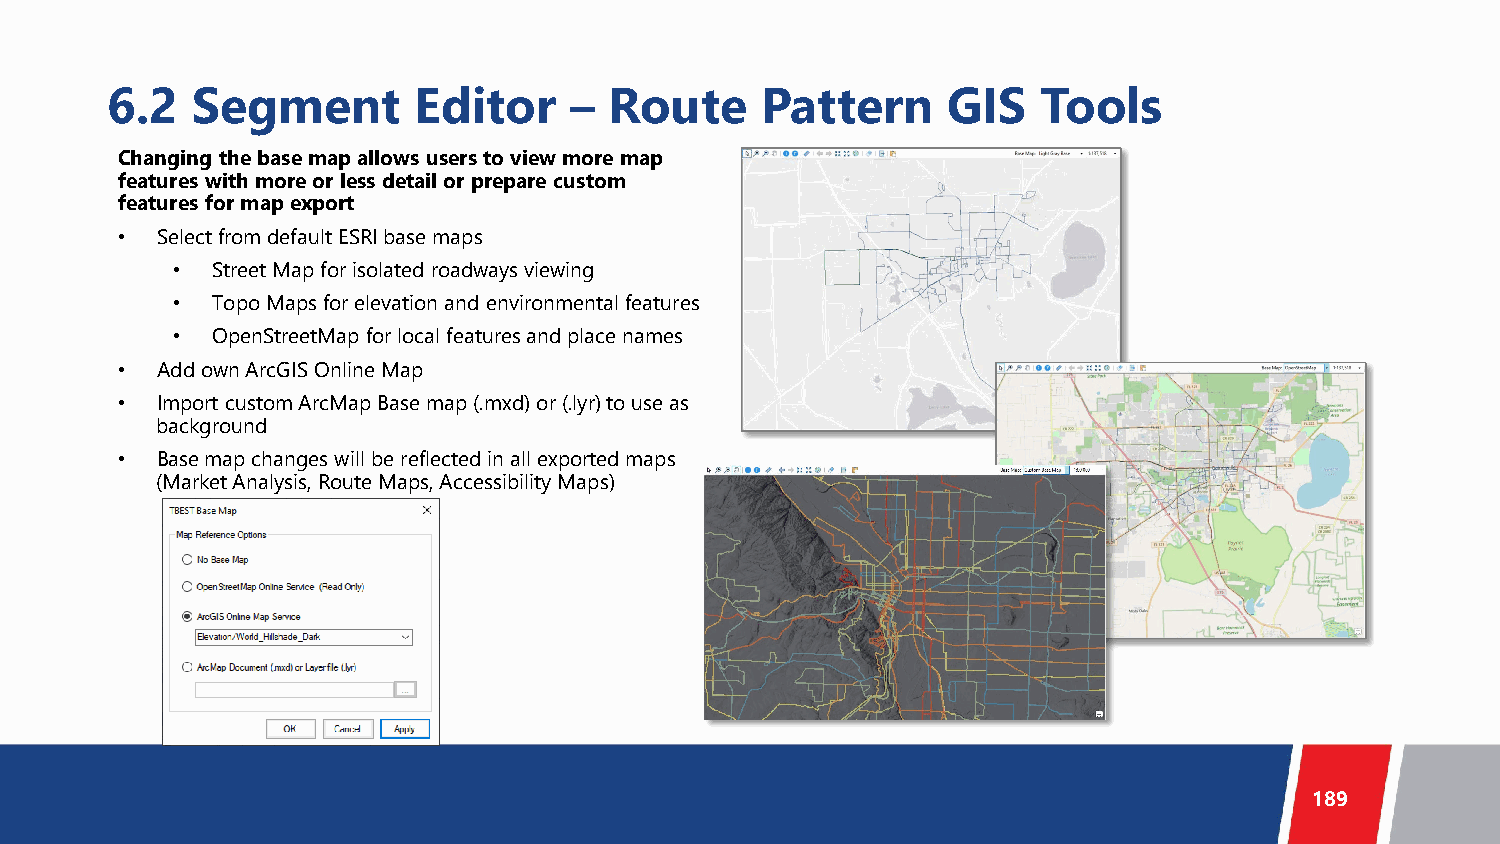
6.2   Segment       Editor     – Route     Pattern      GIS   Tools
 Changing the base map allows users to view more map
 features with more or less detail or prepare custom
 features for map export
 • Select from default ESRI base maps
 •  Street Map for isolated roadways viewing
 •  Topo Maps for elevation and environmental features
 •  OpenStreetMap for local features and place names
 • Add own ArcGIS Online Map
 • Import custom ArcMap Base map (.mxd) or (.lyr) to use as
 background
 • Base map changes will be reflected in all exported maps
 (Market Analysis, Route Maps, Accessibility Maps)
 189